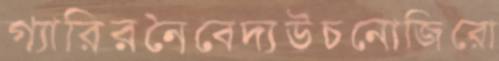
গ্যারিরনৈবেদ্যউচনোজিরো